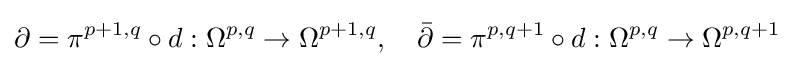
\partial =\pi ^{p+1,q}\circ d:\Omega ^{p,q}\rightarrow \Omega ^{p+1,q},\quad {\bar {\partial }}=\pi ^{p,q+1}\circ d:\Omega ^{p,q}\rightarrow \Omega ^{p,q+1}